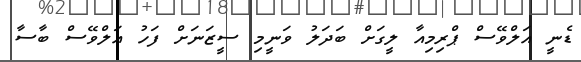
ޑެނީ އަލްވޭސް ޕްރިމިއާ ލީގަށް ބަދަލު ވަނީމި ސީޒަނަށް ފަހު އަލްވޭސް ބާސާ